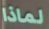
لماذا